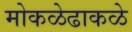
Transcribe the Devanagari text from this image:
मोकळेढाकळे